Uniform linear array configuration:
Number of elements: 24
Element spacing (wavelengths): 0.5
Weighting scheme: cosine
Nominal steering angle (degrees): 15
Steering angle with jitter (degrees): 13.267
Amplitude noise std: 0.05
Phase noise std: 0.05

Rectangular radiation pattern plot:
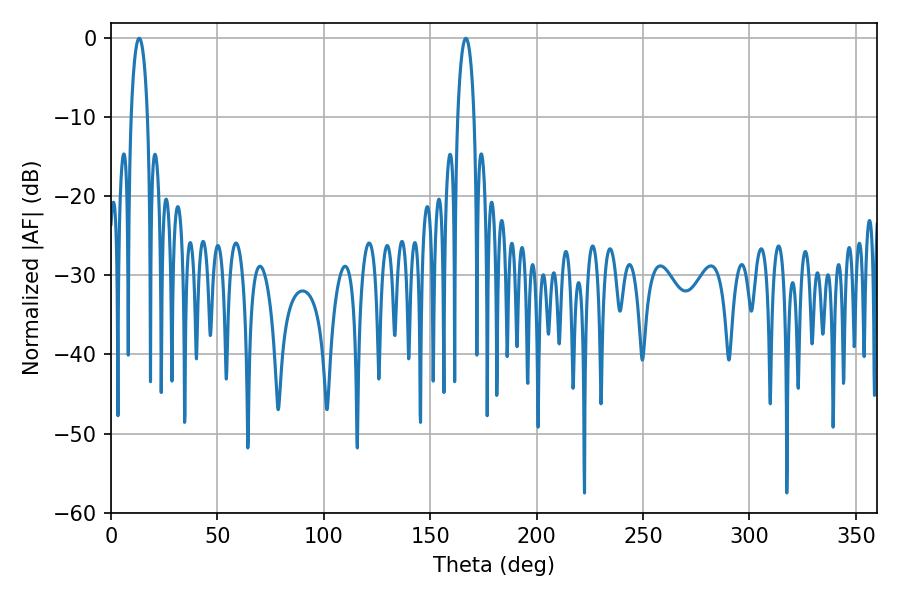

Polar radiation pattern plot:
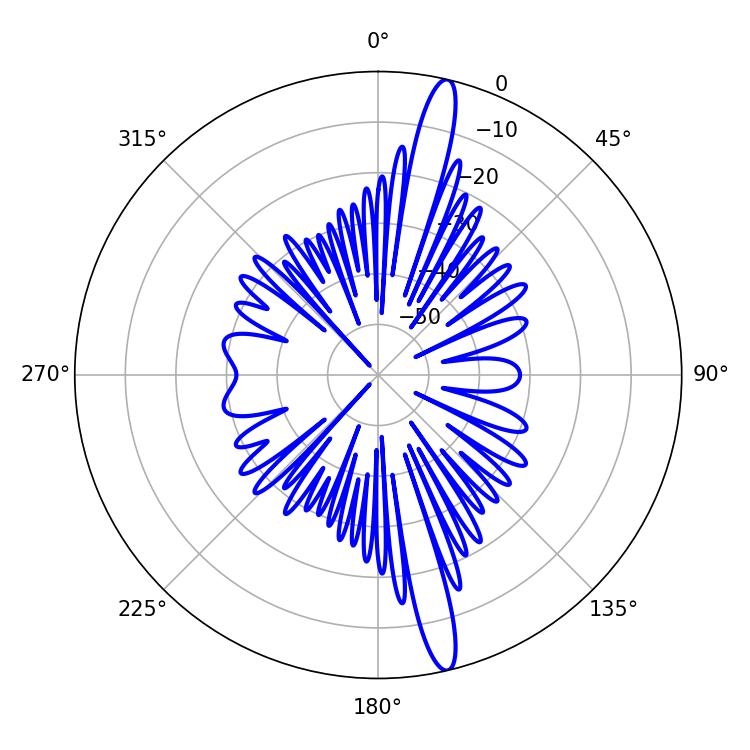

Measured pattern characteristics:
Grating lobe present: FALSE
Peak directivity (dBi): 17.099
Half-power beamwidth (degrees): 4.32
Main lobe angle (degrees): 13.32